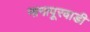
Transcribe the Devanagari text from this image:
नागापूरवाडी